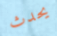
يحدث